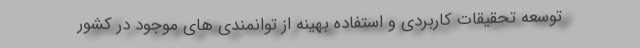
توسعه تحقیقات کاربردی و استفاده بهینه از توانمندی های موجود در کشور